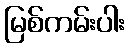
မြစ်ကမ်းပါး